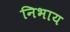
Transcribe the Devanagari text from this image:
निभाय